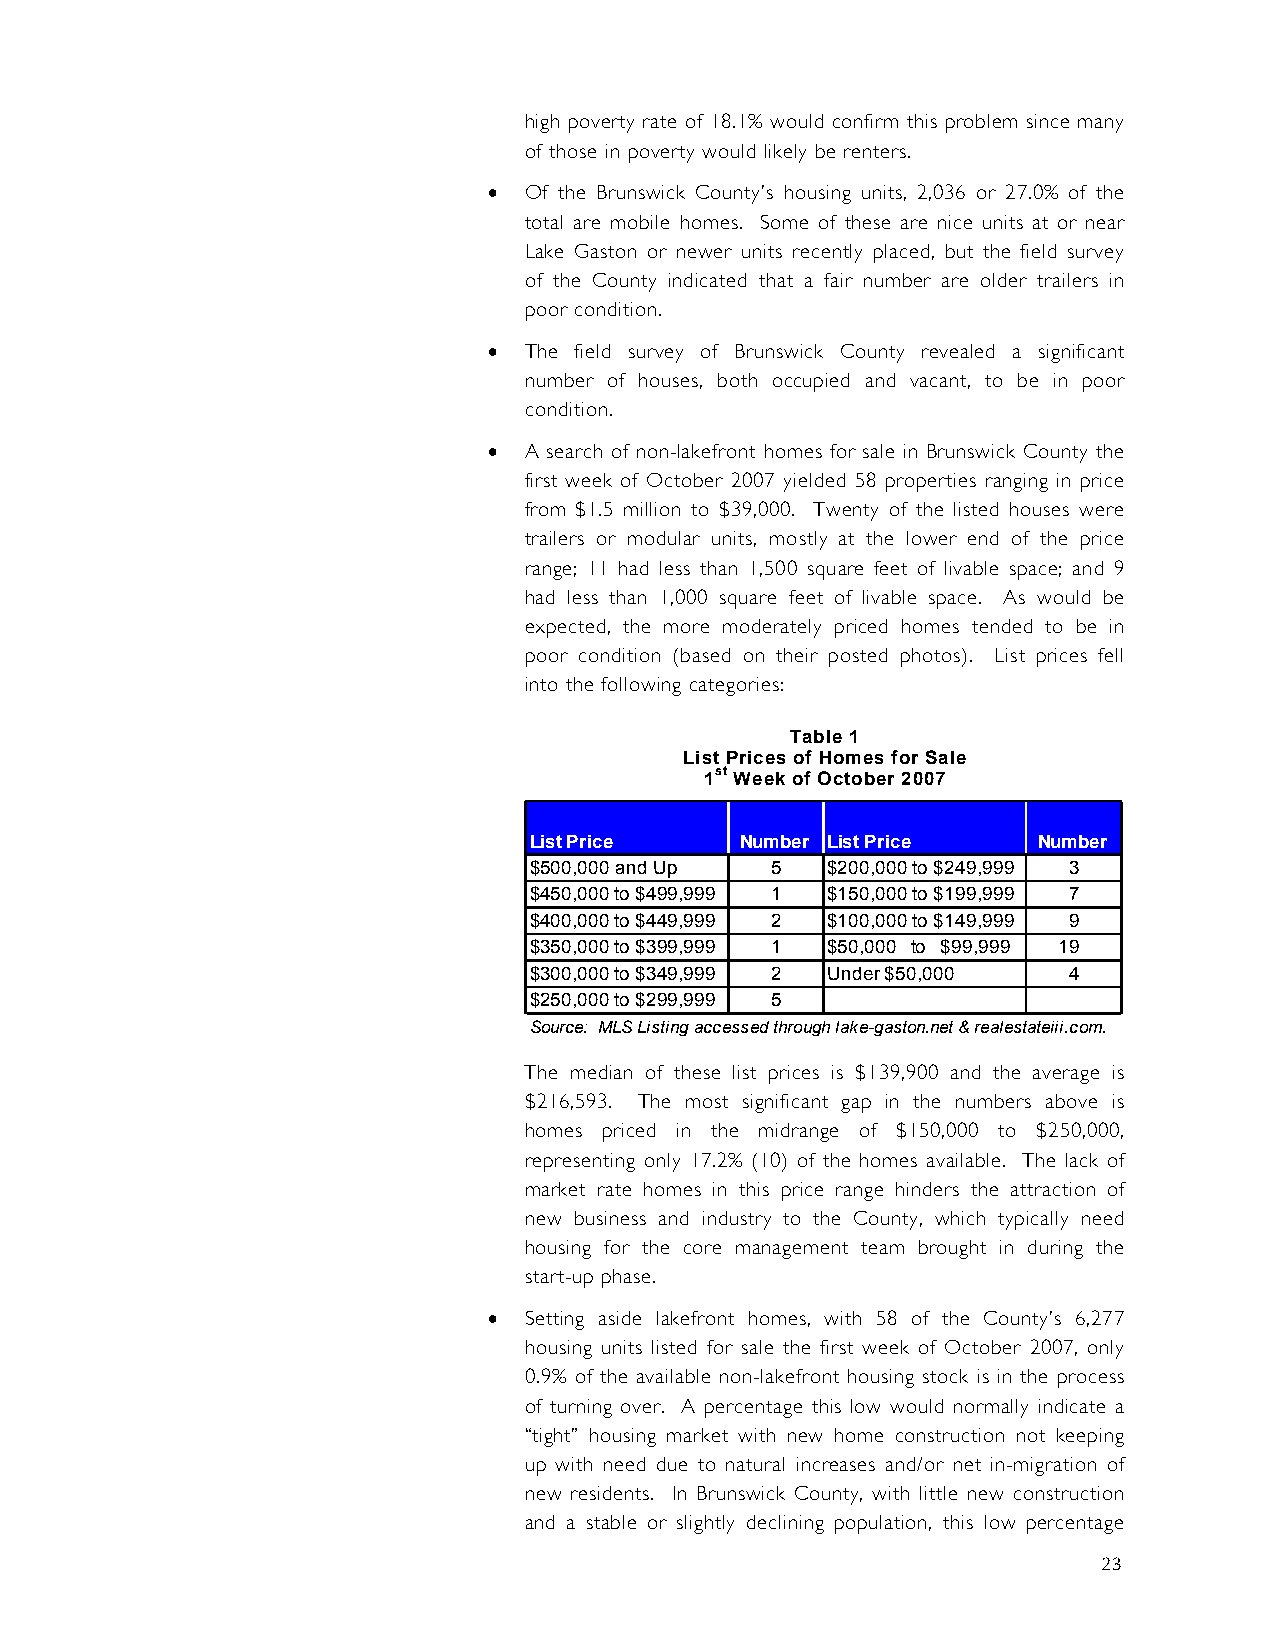
high poverty rate of 18.1% would confirm this problem since many
 of those in poverty would likely be renters.
 •  Of the Brunswick County’s housing units, 2,036 or 27.0% of the
 total are mobile homes. Some of these are nice units at or near
 Lake Gaston or newer units recently placed, but the field survey
 of the County indicated that a fair number are older trailers in
 poor condition.
 •  The field survey of Brunswick County revealed a significant
 number of houses, both occupied and vacant, to be in poor
 condition.
 •  A search of non-lakefront homes for sale in Brunswick County the
 first week of October 2007 yielded 58 properties ranging in price
 from $1.5 million to $39,000. Twenty of the listed houses were
 trailers or modular units, mostly at the lower end of the price
 range; 11 had less than 1,500 square feet of livable space; and 9
 had less than 1,000 square feet of livable space. As would be
 expected, the more moderately priced homes tended to be in
 poor condition (based on their posted photos). List prices fell
 into the following categories:
 Table 1
 List Prices of Homes for Sale
 1st Week of October 2007
 List Price    Number List Price   Number
 $500,000 and Up 5   $200,000 to $249,999 3
 $450,000 to $499,999 1 $150,000 to $199,999 7
 $400,000 to $449,999 2 $100,000 to $149,999 9
 $350,000 to $399,999 1 $50,000 to $99,999 19
 $300,000 to $349,999 2 Under $50,000 4
 $250,000 to $299,999 5
 Source: MLS Listing accessed through lake-gaston.net & realestateiii.com.
 The median of these list prices is $139,900 and the average is
 $216,593. The most significant gap in the numbers above is
 homes priced in the midrange of $150,000 to $250,000,
 representing only 17.2% (10) of the homes available. The lack of
 market rate homes in this price range hinders the attraction of
 new business and industry to the County, which typically need
 housing for the core management team brought in during the
 start-up phase.
 •  Setting aside lakefront homes, with 58 of the County’s 6,277
 housing units listed for sale the first week of October 2007, only
 0.9% of the available non-lakefront housing stock is in the process
 of turning over. A percentage this low would normally indicate a
 “tight” housing market with new home construction not keeping
 up with need due to natural increases and/or net in-migration of
 new residents. In Brunswick County, with little new construction
 and a stable or slightly declining population, this low percentage
 23